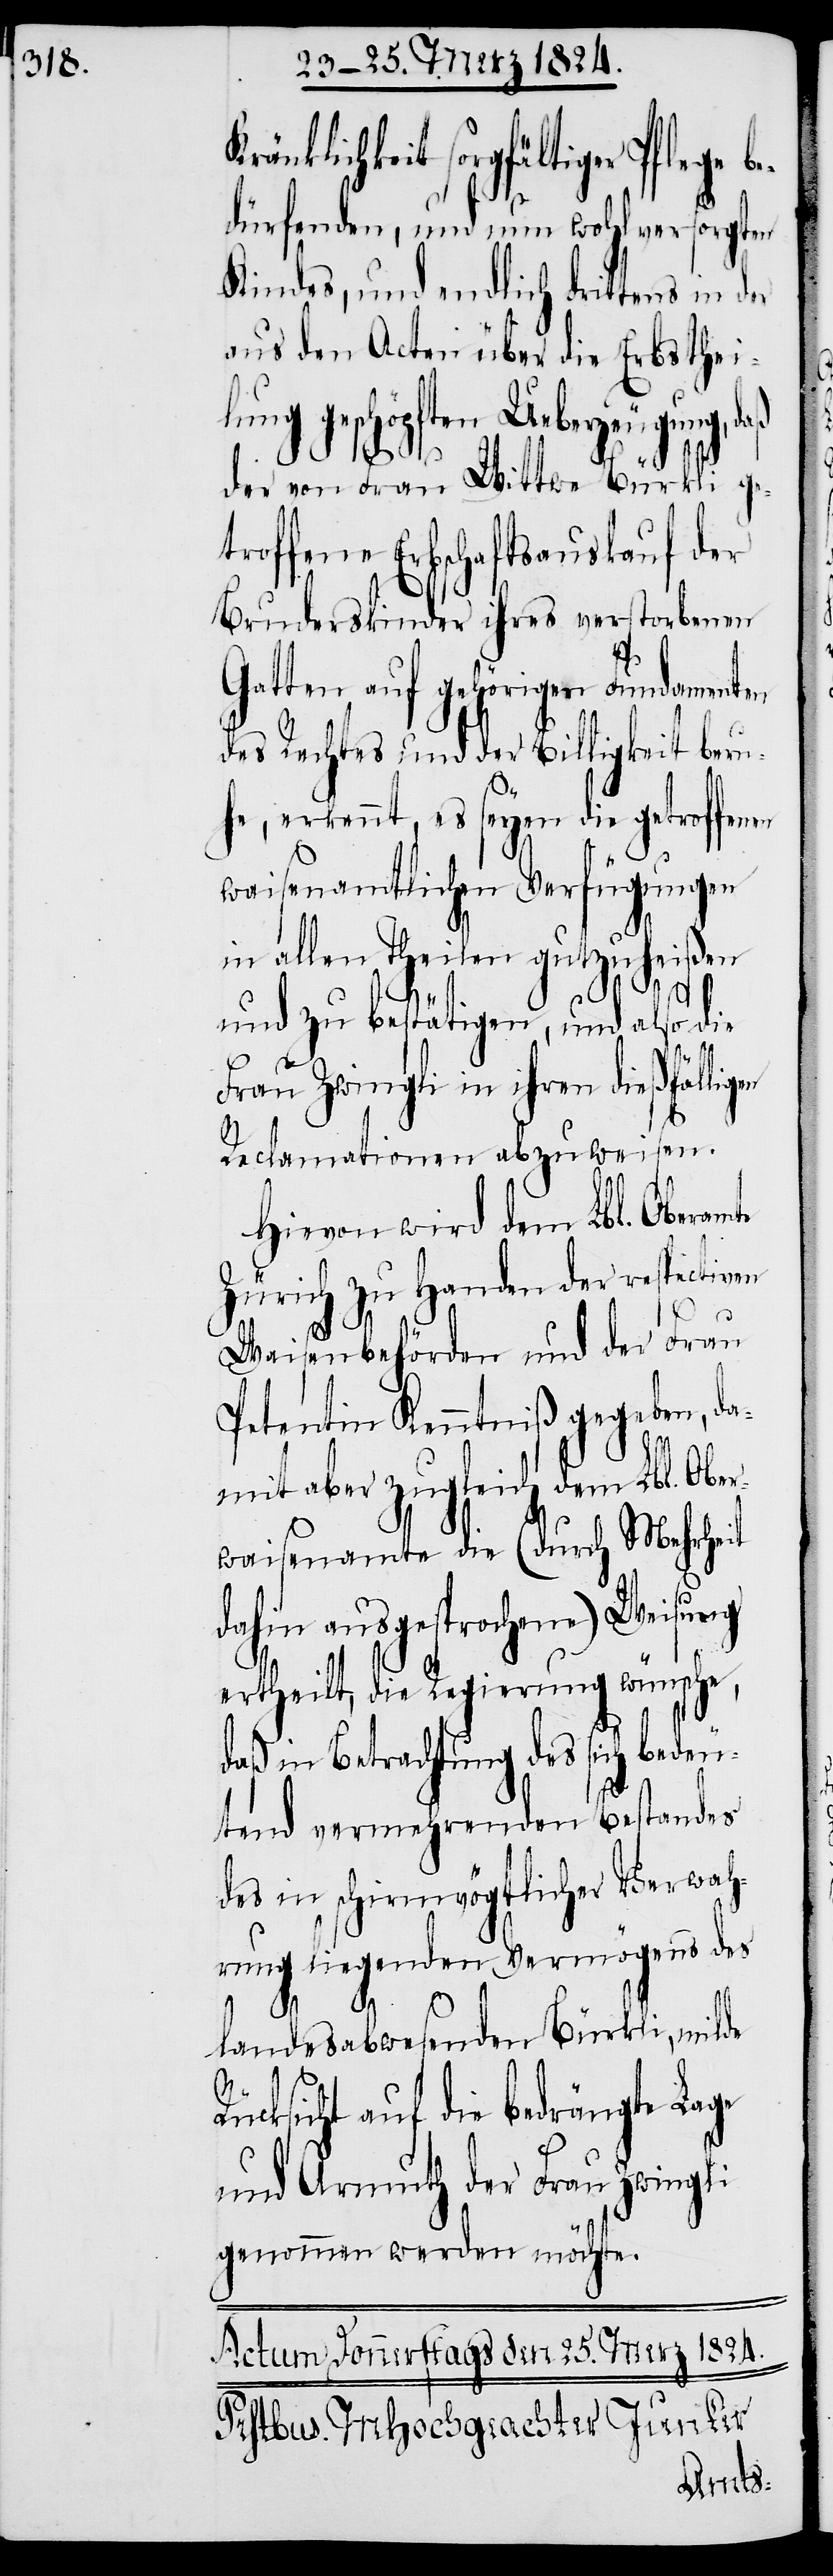
ränklichkeit sorgfältiger Pflege
dürfenden, und nun wohlversorgten
Kindes, und endlich drittens in
aus den Acten über die Erbsthei¬
lung geschöpften Ueberzeugung,
der von Frau Wittwe Bürkli ge¬
troffene Erbschaftsauskauf der
Bruderskinder ihres verstorbenen
Gatten auf gehörigen Fundamenten
des Rechtes und der Billigkeit beru¬
he, erkennt, es seyen die getroffen¬
waisenamtlichen Verfügungen
in allen Theilen gutzuheißen
und zu bestätigen, und also die
Frau Zwingli in ihren dießfälligen
Reclamationen abzuweisen.
Hievon wird dem Lbl. Oberam¬
Zürich zu Handen der respectiven
Waisenbehörden und der Frau
Petentin Kenntniß gegeben, da¬
mit aber zugleich dem Lbl. Ob¬
waisenamte die (durch Mehrheit
dahin ausgesprochene) Weisung
ertheilt, die Regierung wünsche,
daß in Betrachtung des sich bedeu¬
tend vermehrenden Bestandes
des in schirmvögtlicher Verwah¬
rung liegenden Vermögens des
R¬
landesabwesenden Bürkli, milde
ücksicht auf die bedrängte Lage
und Armuth der Frau Zwingli
genommen werden möchte.